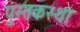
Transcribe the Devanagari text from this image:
पुस्तकस्था